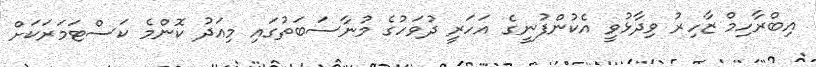
އިބްރާހިމް ޒާހިރު ވިދާޅުވީ އެކުންފުނީގެ އަހަރީ ދުވަހުގެ މުނާސަބަތުގައި މިއަދު ކޮންމެ ކަސްޓަމަރަކަށް